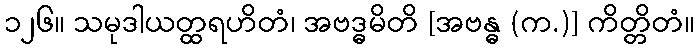
၁၂၆။ သမုဒါယတ္ထရဟိတံ၊ အဗဒ္ဓမိတိ [အဗန္ဓ (က.)] ကိတ္တိတံ။